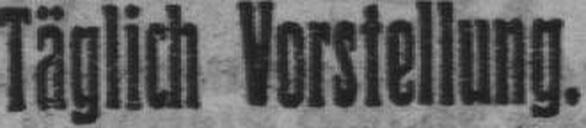
Täglich Vorstellung.